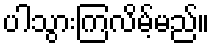
ပါသွားကြလိမ့်မည်။